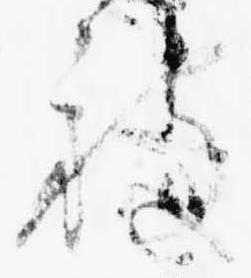
被